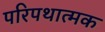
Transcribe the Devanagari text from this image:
परिपथात्मक